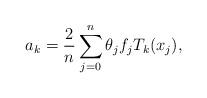
LaTeX: \begin{align*}a_k = \frac{2}{n}\sum\limits_{j = 0}^n {\theta _j f_j T_k (x_j )},\end{align*}